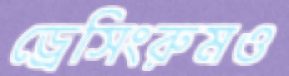
ড্রেসিংরুমও